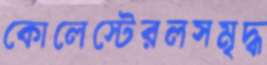
কোলেস্টেরলসমৃদ্ধ